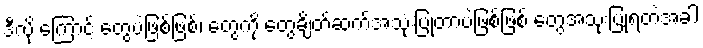
ဒီလို ကြောင့် တွေပဲဖြစ်ဖြစ်၊ တွေကို တွေချိတ်ဆက်အသုံးပြုတာပဲဖြစ်ဖြစ် တွေအသုံးပြုရတဲ့အခါ